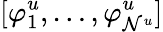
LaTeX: [{\varphi}_{1}^{u},\dots,{\varphi}_{\mathcal{N}^{u}}^{u}]